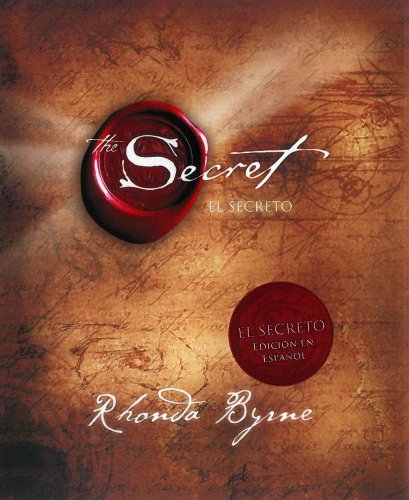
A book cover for El Secreto (The Secret) (Spanish Edition); Rhonda Byrne; Religion & Spirituality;